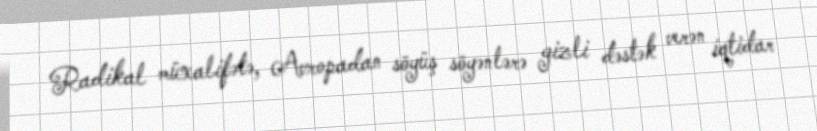
Radikal müxalifətə, Avropadan söyüş söyənlərə gizli dəstək verən iqtidar